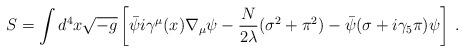
LaTeX: \begin{align*}S = \int d^{4}x\sqrt{-g}\left[\bar{\psi}i\gamma^{\mu}(x) \nabla_{\mu} \psi -\frac{N}{2\lambda}(\sigma^{2}+\pi^{2}) - \bar{\psi}(\sigma+i\gamma_{5}\pi)\psi \right]\: .\end{align*}